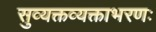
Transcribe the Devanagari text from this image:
सुव्यक्तव्यक्ताभरणः